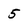
Character: 5